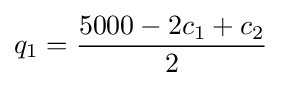
q_{1}={\frac {5000-2c_{1}+c_{2}}{2}}